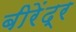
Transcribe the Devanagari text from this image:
बीरेंद्र